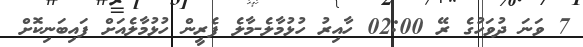
7 ވަނަ ދުވަހުގެ ރޭ 02:00 ހާއިރު ހުޅުމާލެ-މާލެ ފެރީން ހުޅުމާލެއަށް ފައިބަނިކޮށް